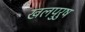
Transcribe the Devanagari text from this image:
खलपुरुष